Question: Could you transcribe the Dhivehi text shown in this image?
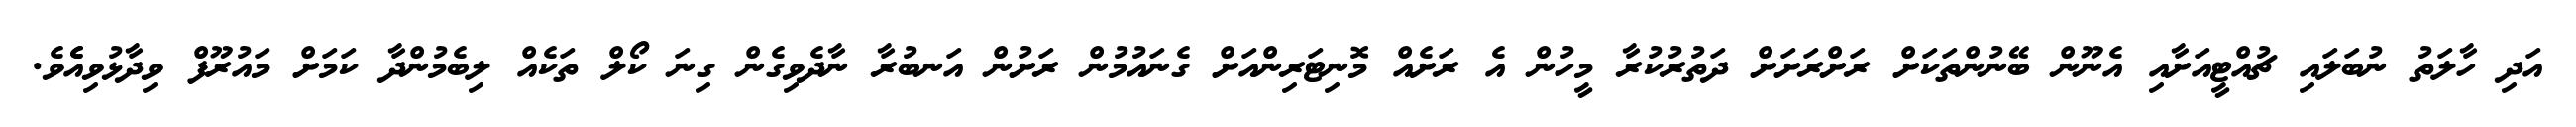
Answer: އަދި ހާލަތު ނުބަލައި ޗުއްޓީއަށާއި އެނޫން ބޭނުންތަކަށް ރަށްރަށަށް ދަތުރުކުރާ މީހުން އެ ރަށެއް މޮނިޓަރިންއަށް ގެނައުމުން ރަށުން އަނބުރާ ނާދެވިގެން ގިނަ ކޯލް ތަކެއް ލިބެމުންދާ ކަމަށް މައުރޫފް ވިދާޅުވިއެެވެ.